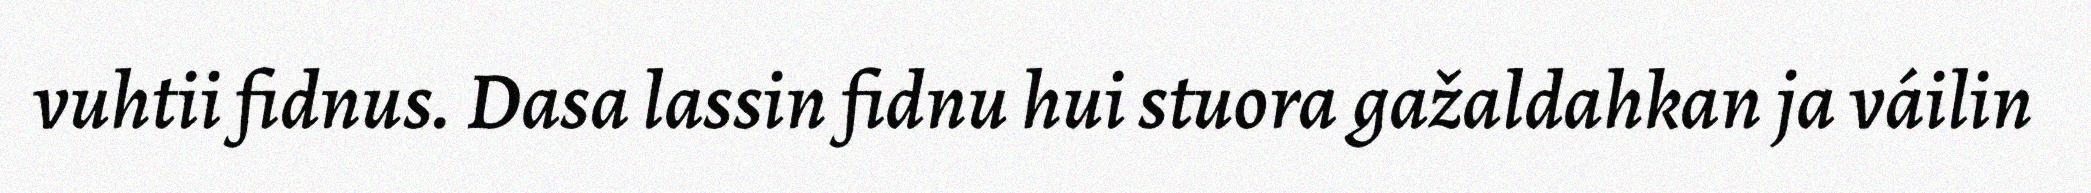
vuhtii fidnus. Dasa lassin fidnu hui stuora gažaldahkan ja váilin